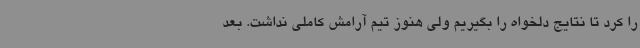
را کرد تا نتایج دلخواه را بگیریم ولی هنوز تیم آرامش کاملی نداشت. بعد